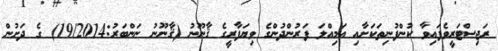
ރަޖިސްޓަރީވެފައިވާ ކުންފުނިތަކަށާއި އަމިއްލަ ފަރުންދުންގެ ވިޔަފާރީގެ ޤާނޫނު (ޤާނޫނު ނަންބަރު:19/2014) ގެ ދަށުން